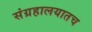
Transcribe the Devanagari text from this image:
संग्रहालयातच